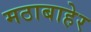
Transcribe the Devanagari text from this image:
मठाबाहेर